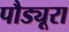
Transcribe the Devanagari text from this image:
पौड्यूरा